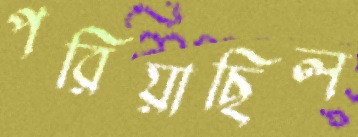
পরিয়াছিল